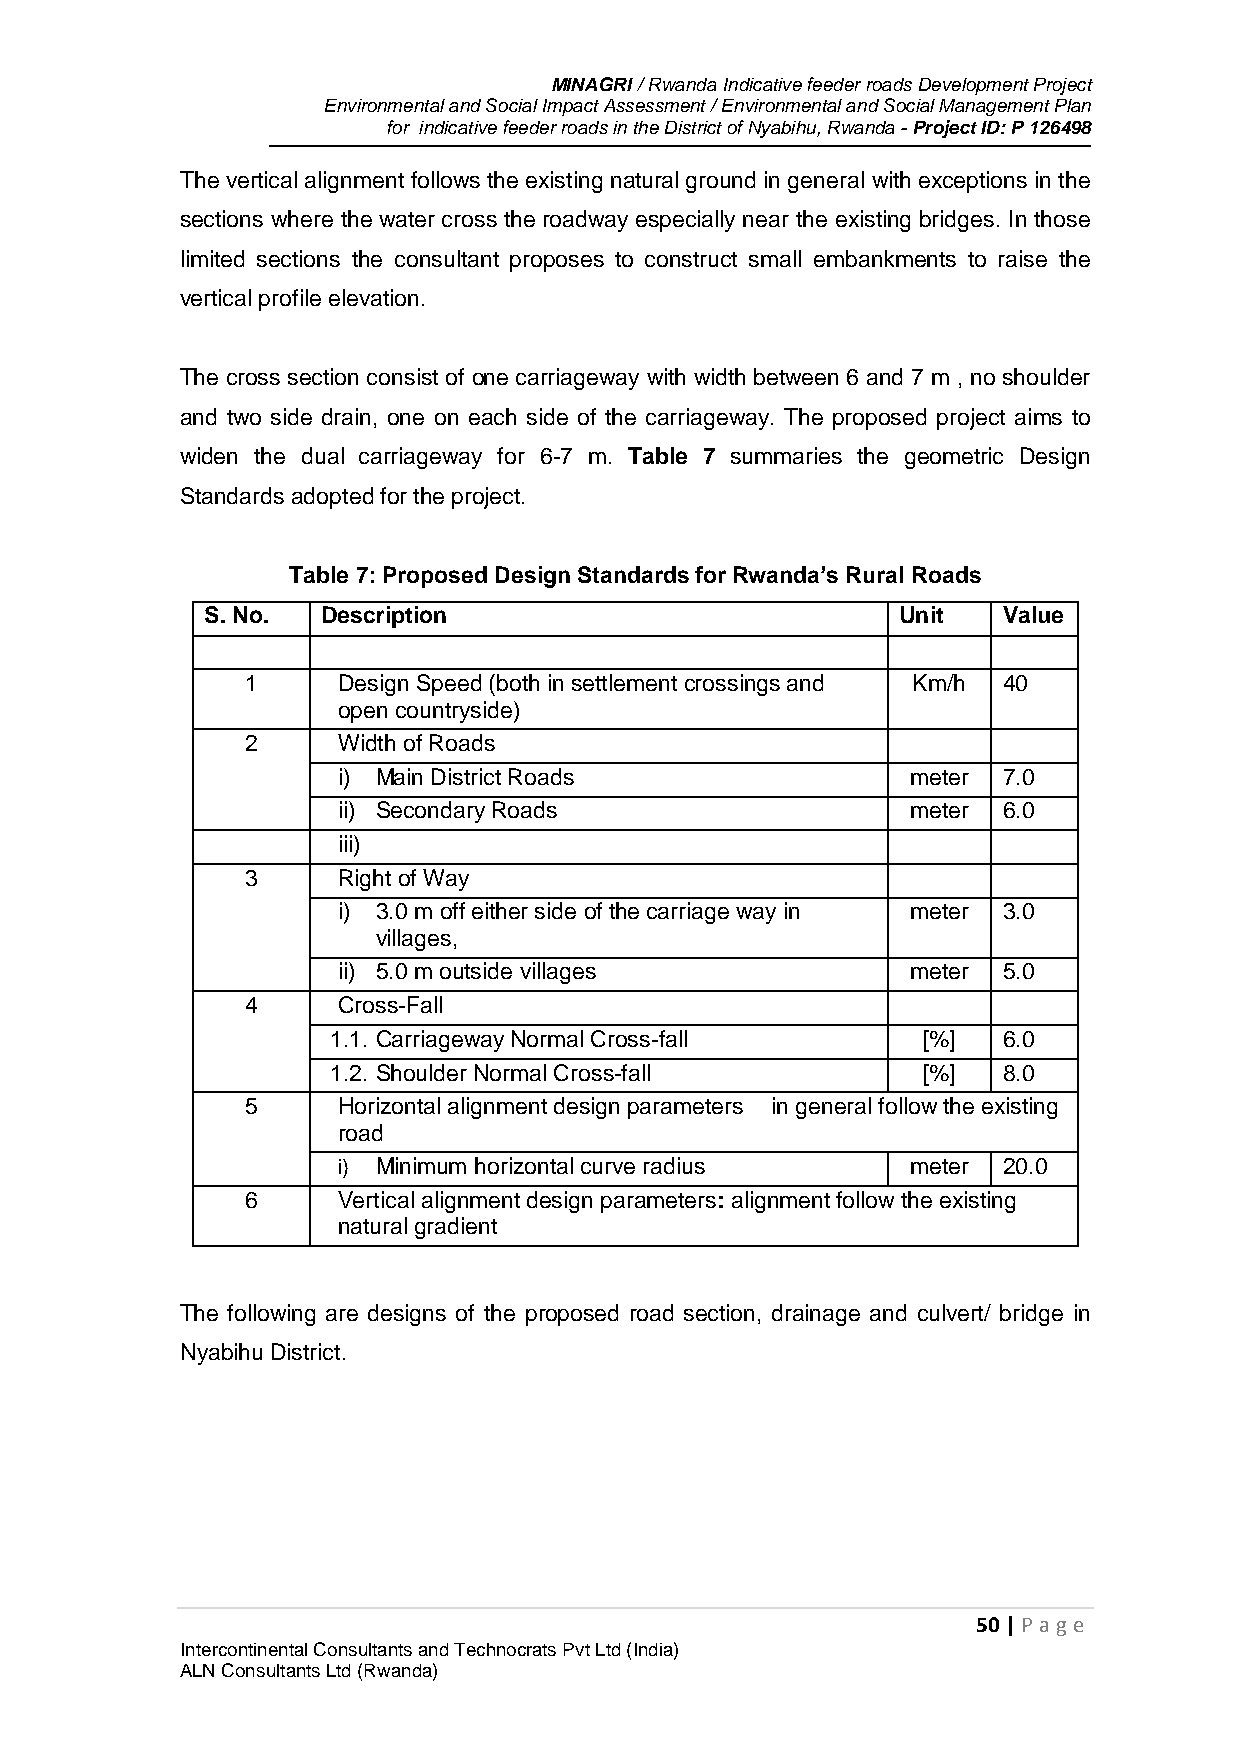
MINAGRI / Rwanda Indicative feeder roads Development Project
 Environmental and Social Impact Assessment / Environmental and Social Management Plan
 for indicative feeder roads in the District of Nyabihu, Rwanda - Project ID: P 126498
 The vertical alignment follows the existing natural ground in general with exceptions in the
 sections where the water cross the roadway especially near the existing bridges. In those
 limited sections the consultant proposes to construct small embankments to raise the
 vertical profile elevation.
 The cross section consist of one carriageway with width between 6 and 7 m , no shoulder
 and two side drain, one on each side of the carriageway. The proposed project aims to
 widen the dual carriageway for 6-7 m. Table 7 summaries the geometric Design
 Standards adopted for the project.
 Table 7: Proposed Design Standards for Rwanda’s Rural Roads
 S. No. Description                           Unit   Value
 1     Design Speed (both in settlement crossings and Km/h 40
 open countryside)
 2     Width of Roads
 i) Main District Roads                meter 7.0
 ii) Secondary Roads                   meter 6.0
 iii)
 3     Right of Way
 i) 3.0 m off either side of the carriage way in meter 3.0
 villages,
 ii) 5.0 m outside villages            meter 5.0
 4     Cross-Fall
 1.1. Carriageway Normal Cross-fall     [%]  6.0
 1.2. Shoulder Normal Cross-fall        [%]  8.0
 5     Horizontal alignment design parameters in general follow the existing
 road
 i) Minimum horizontal curve radius    meter 20.0
 6     Vertical alignment design parameters: alignment follow the existing
 natural gradient
 The following are designs of the proposed road section, drainage and culvert/ bridge in
 Nyabihu District.
 50 | P age
 Intercontinental Consultants and Technocrats Pvt Ltd (India)
 ALN Consultants Ltd (Rwanda)